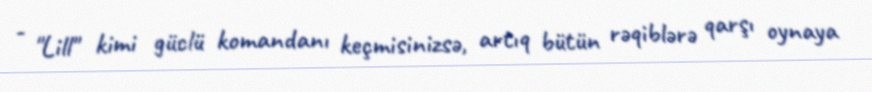
- "Lill" kimi güclü komandanı keçmisinizsə, artıq bütün rəqiblərə qarşı oynaya